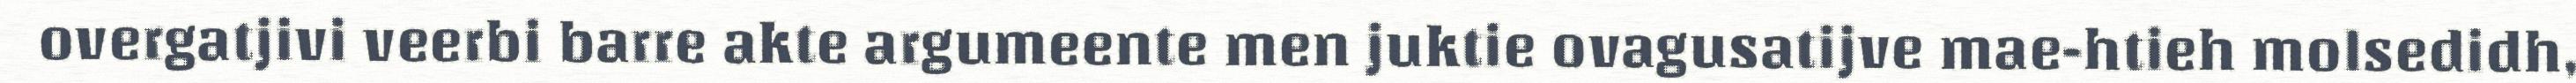
overgatjivi veerbi barre akte argumeente men juktie ovagusatijve mae-htieh molsedidh,